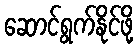
ဆောင်ရွက်နိုင်ဖို့